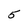
Character: 5